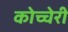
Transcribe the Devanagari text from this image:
कोच्चेरी